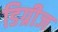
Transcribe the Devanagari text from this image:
डिग्रीज